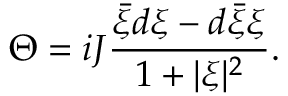
\Theta = i J \frac { { \bar { \xi } } d \xi - d { \bar { \xi } } \xi } { 1 + \vert \xi \vert ^ { 2 } } .